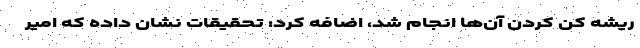
ریشه کن کردن آن‌ها انجام شد، اضافه کرد: تحقیقات نشان داده که امیر